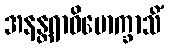
အနန္တရာဝိမောက္ခာသိံ